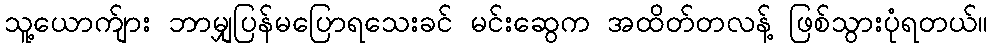
သူ့ယောက်ျား ဘာမျှပြန်မပြောရသေးခင် မင်းဆွေက အထိတ်တလန့် ဖြစ်သွားပုံရတယ်။